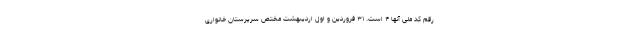
رقم کد ملی آنها ۴ است. ۳۱ فروردین و اول اردیبهشت مختص سرپرستان خانواری